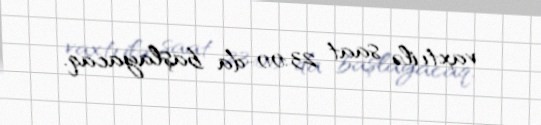
vaxtı ilə saat 23:00-da başlayacaq.